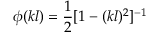
\phi ( k l ) = \frac { 1 } { 2 } [ 1 - ( k l ) ^ { 2 } ] ^ { - 1 }